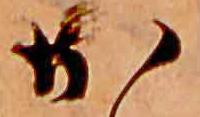
か